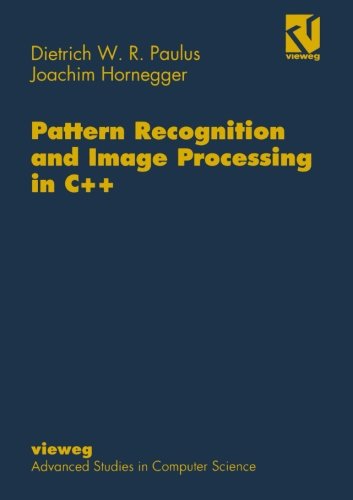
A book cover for Pattern Recognition and Image Processing in C++ (Vieweg Advanced Studies in Computer Science); Dietrich Paulus; Computers & Technology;